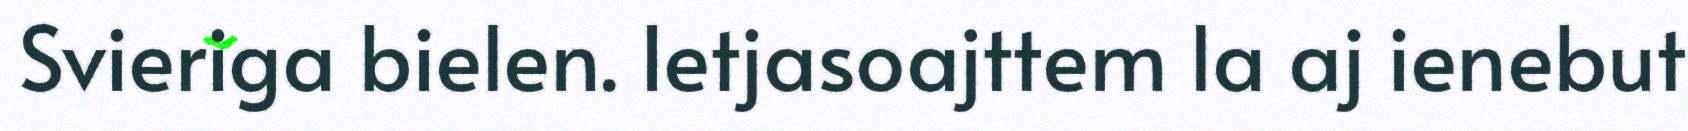
Svieriga bielen. Ietjasoajttem la aj ienebut